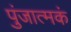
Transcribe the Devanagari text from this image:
पुंजात्मकं